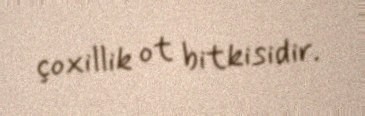
çoxillik ot bitkisidir.